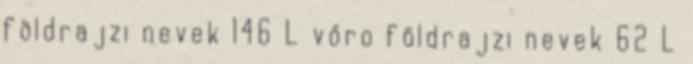
földrajzi nevek‎ 146 L vőro földrajzi nevek‎ 62 L